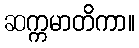
ဆက္ကမာတိကာ။